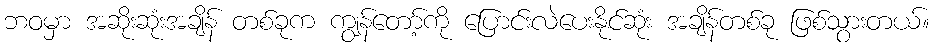
ဘဝမှာ အဆိုးဆုံးအချိန် တစ်ခုက ကျွန်တော့်ကို ပြောင်းလဲပေးနိုင်ဆုံး အချိန်တစ်ခု ဖြစ်သွားတယ်။